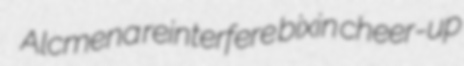
Alcmena reinterfere bixin cheer-up